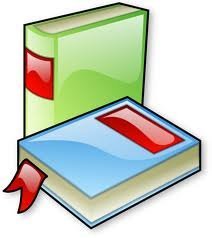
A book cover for Professional Responsibility: Problems of Practice and the Profession, Second Edition with Book (Casebook); Nathan M. Crystal; Law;